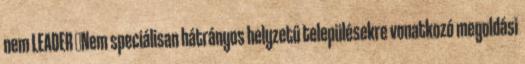
nem LEADER ▪Nem speciálisan hátrányos helyzetű településekre vonatkozó megoldási